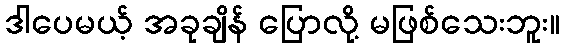
ဒါပေမယ့် အခုချိန် ပြောလို့ မဖြစ်သေးဘူး။